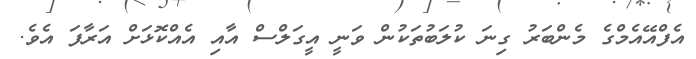
އެފްއޭއެމްގެ މެންބަރު ގިނަ ކުލަބުތަކުން ވަނީ އީގަލްސް އާއި އެއްކޮޅަށް އަރާފަ އެވެ.